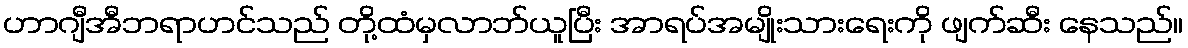
ဟာဂျီအီဘရာဟင်သည် တို့ထံမှလာဘ်ယူပြီး အာရပ်အမျိုးသားရေးကို ဖျက်ဆီး နေသည်။